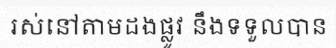
រស់នៅតាមដងផ្លូវ នឹងទទួលបាន